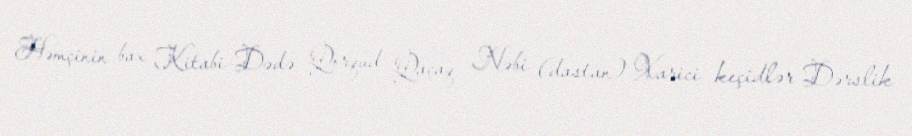
Həmçinin bax Kitabi-Dədə Qorqud Qaçaq Nəbi (dastan) Xarici keçidlər Dərslik